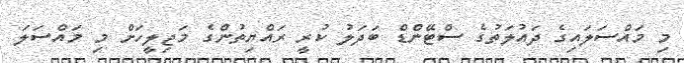
މި މައްސަލައިގެ ދައުލަތުގެ ސްޓޭންޑް ބަދަލު ކުރީ ރައްޔިތުންގެ މަޖިލީހަށް މި މައްސަލަ